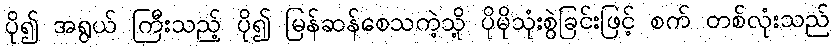
ပို၍ အရွယ် ကြီးသည့် ပို၍ မြန်ဆန်စေသကဲ့သို့ ပိုမိုသုံးစွဲခြင်းဖြင့် စက် တစ်လုံးသည်